Madras marine plague regulations
Disease focus: Plague
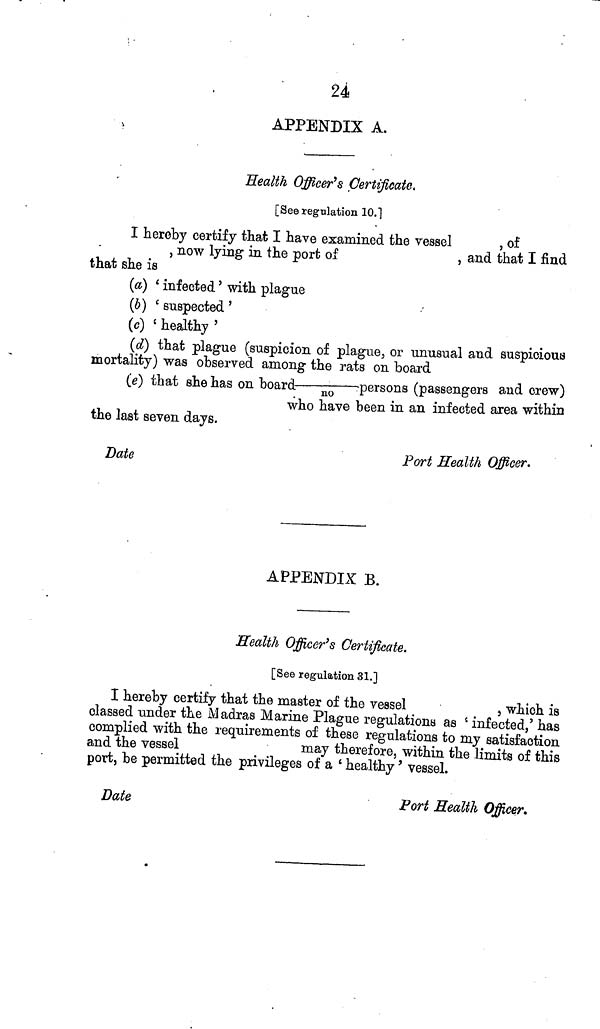
24
APPENDIX A.
Health Officer's Certificate,
[See regulation 10.]
I hereby certify that I have examined the vessel
, of
, now lying in the port of
, and that I find
that she is
(a) ' infected ' with plague
(b) ' suspected '
(c) ' healthy '
(d) that plague (suspicion of plague, or unusual and suspicious
mortality) was observed among the rats on board
(e) that she has on board
~
persons (passengers and crew)
who have been in an infected area within
the last seven days.
Date
Port Health Officer.
APPENDIX B.
Health Officer's Certificate.
[See regulation 31.]
I hereby certify that the master of the vessel
, which is
classed under the Madras Marine Plague regulations as ' infected,' has
complied with the requirements of these regulations to my satisfaction
and the vessel
may therefore, within the limits of this
port, be permitted the privileges of a ' healthy ' vessel.
Date
Port Health Officer.